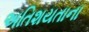
અતિશયતાના